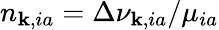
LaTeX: n_{\mathbf{k},ia}=\Delta\nu_{\mathbf{k},ia}/\mu_{ia}